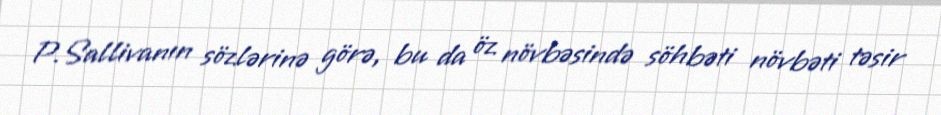
P.Sallivanın sözlərinə görə, bu da öz növbəsində söhbəti növbəti təsir